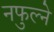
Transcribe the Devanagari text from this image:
नफुल्ने